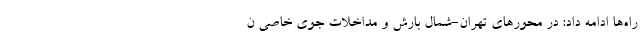
راه‌ها ادامه داد: در محورهای تهران-شمال بارش و مداخلات جوی خاصی ن